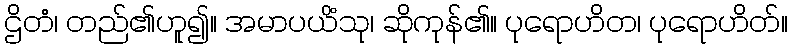
ဌိတံ၊ တည်၏ဟူ၍။ အမာပယိံသု၊ ဆိုကုန်၏။ ပုရောဟိတ၊ ပုရောဟိတ်။